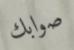
صوابك